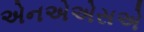
એનએએસએ